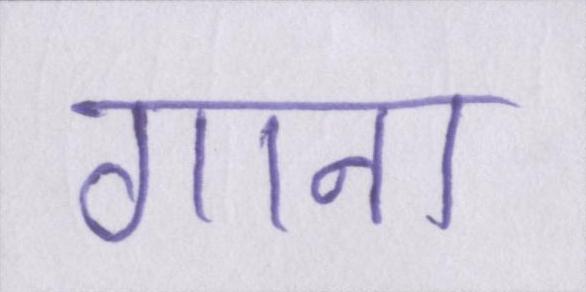
गाना